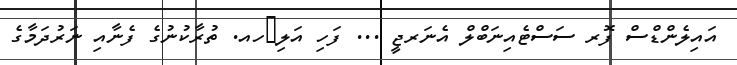
އައިލެންޑްސް ފޮރ ސަސްޓެއިނަބްލް އެނަރޖީ ... ފަހި އަލި	ހއ. ތުރާކުނުގެ ފެނާއި ނަރުދަމާގެ